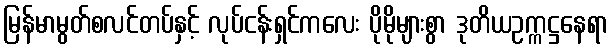
မြန်မာမွတ်စလင်တပ်နှင့် လုပ်ငန်းရှင်ကလေး ပိုမိုများစွာ ဒုတိယဥက္ကဋ္ဌနေရာ